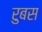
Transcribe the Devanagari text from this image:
रुबस